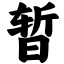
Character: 暂